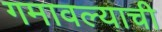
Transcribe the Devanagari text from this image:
गमावल्याची